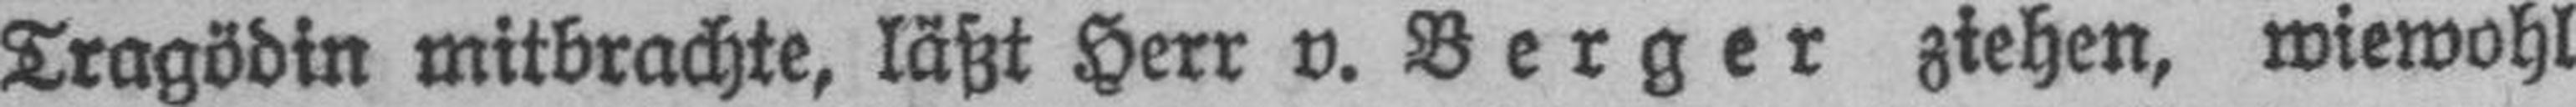
Tragödin mitbrachte, läßt Herr v. Berger ziehen, wiewohl